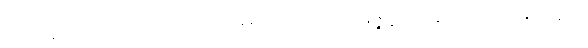
တေစဓမ္မာ၊ တို့သည်လည်း။ အဿအနေနပုဂ္ဂလေန၊ သည်။ နိဇ္ဇိဏ္ဏာ၊ ကုန်သည်။ ဟောန္တိ၊ ကုန်၏။